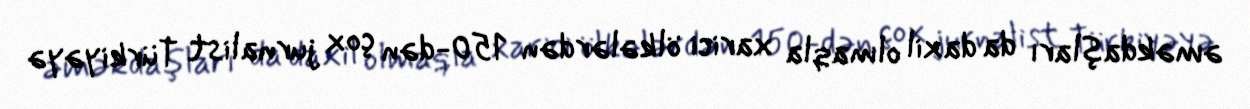
əməkdaşları da daxil olmaqla xarici ölkələrdən 150-dən çox jurnalist Türkiyəyə